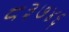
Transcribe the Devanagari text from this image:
८३७४६